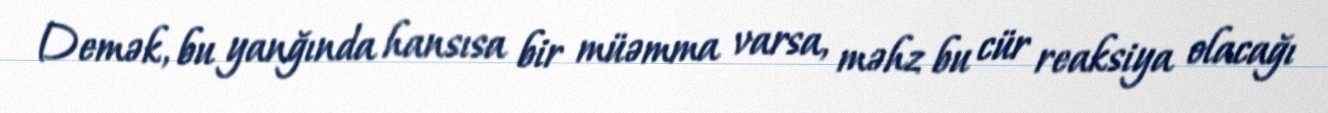
Demək, bu yanğında hansısa bir müəmma varsa, məhz bu cür reaksiya olacağı